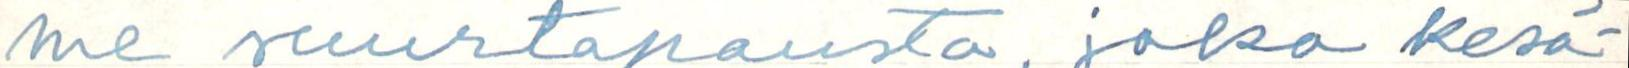
me suurtapausta, joka kesä-